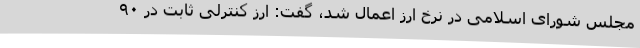
مجلس شورای اسلامی در نرخ ارز اعمال شد، گفت: ارز کنترلی ثابت در ۹۰